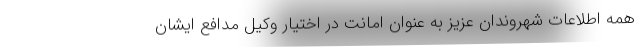
همه اطلاعات شهروندان عزیز به عنوان امانت در اختیار وکیل مدافع ایشان